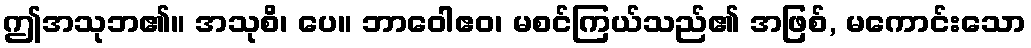
ဤအသုဘ၏။ အသုစိ၊ ပေ။ ဘာဝေါဧဝ၊ မစင်ကြယ်သည်၏ အဖြစ်, မကောင်းသော